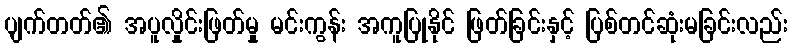
ပျက်တတ်၏ အပူလှိုင်းဖြတ်မှု မင်းကွန်း အကူပြုနိုင် ဖြတ်ခြင်းနှင့် ပြစ်တင်ဆုံးမခြင်းလည်း